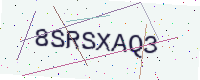
Text: 8SRSXAQ3